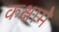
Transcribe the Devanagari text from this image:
कक्षामे